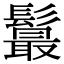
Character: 𩯉